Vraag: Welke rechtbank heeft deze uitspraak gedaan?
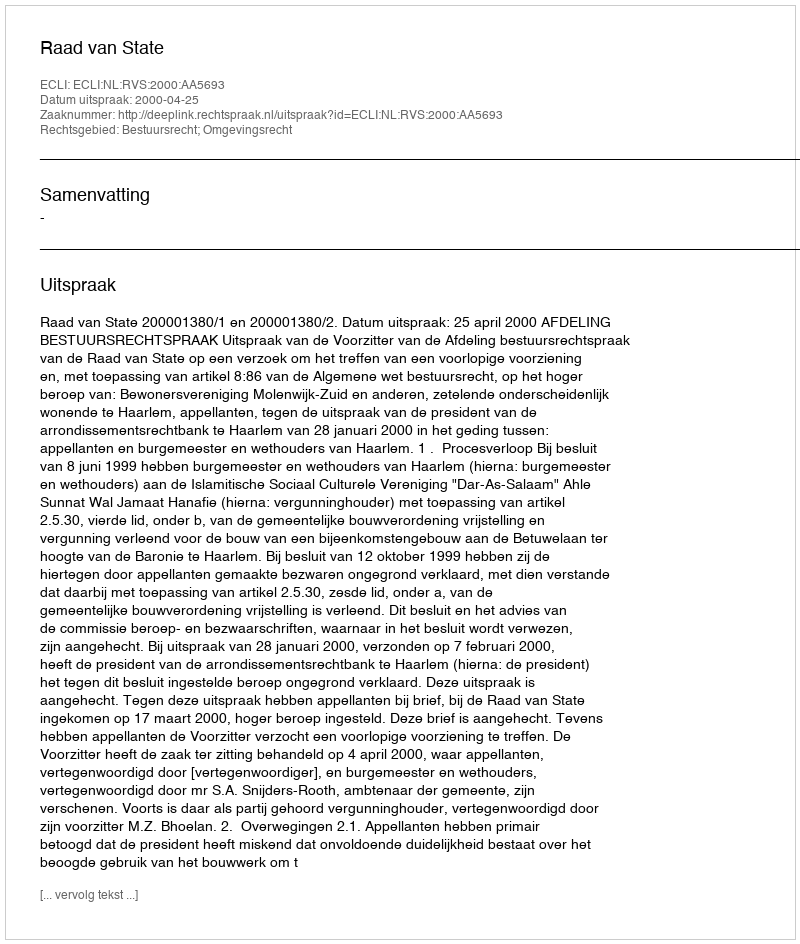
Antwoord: Raad van State